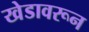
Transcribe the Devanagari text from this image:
खेडावरून